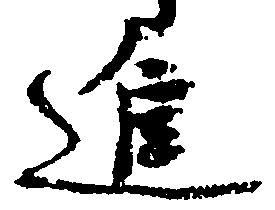
進